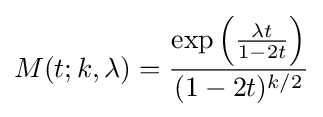
M(t;k,\lambda )={\frac {\exp \left({\frac {\lambda t}{1-2t}}\right)}{(1-2t)^{k/2}}}